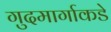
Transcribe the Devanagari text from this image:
गुदमार्गाकडे